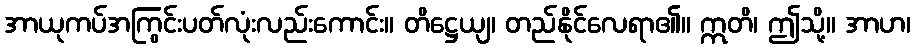
အာယုကပ်အကြွင်းပတ်လုံးလည်းကောင်း။ တိဋ္ဌေယျ၊ တည်နိုင်လေရာ၏။ ဣတိ၊ ဤသို့။ အာဟ၊